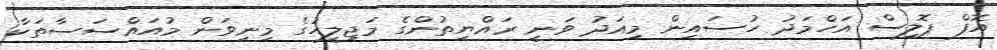
އޮފް ޕޮލިސް އަހްމަދު ހުސައިން މިއަދު ވަނީ ރައްޔިތުންގެ މަޖިލީހުގެ މިނިވަން މުއައްސަސާތަކާ